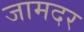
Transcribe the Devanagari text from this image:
जामदर